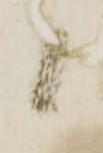
候